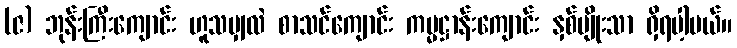
(ဇ) ဘုန်းကြီးကျောင်း ဟူသမျှလဲ စာသင်ကျောင်း ကမ္မဋ္ဌာန်းကျောင်း နှစ်မျိုးသာ ရှိရပါ့မယ်။